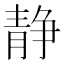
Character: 静